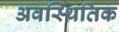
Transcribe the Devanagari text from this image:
अवस्थितिक